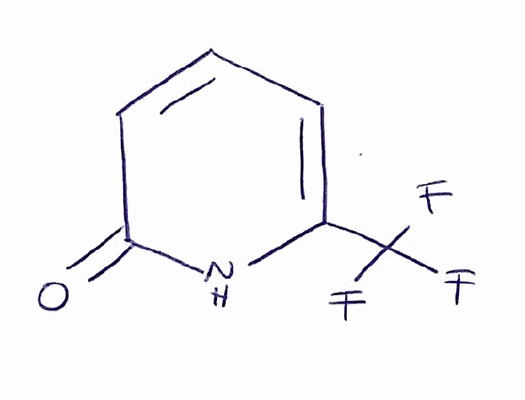
Simplified molecular-input line-entry system (SMILES) notation of the given molecule:
C1=CC(=O)NC(=C1)C(F)(F)F